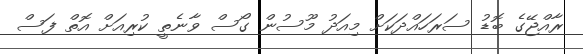
ރާއްޖޭގެ ބޮޑު ސަރަހައްދަކަށް މިއަދު މޫސުން ގޯސް ވާނެތީ ކުރިއަށް އޮތް ފަސް